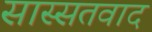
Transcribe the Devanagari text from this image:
सास्सतवाद